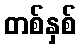
တစ်နှစ်